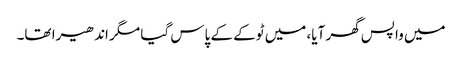
میں واپس گھر آیا، میں ٹوکے کے پاس گیا مگر اندھیرا تھا۔